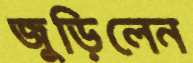
জুড়িলেন